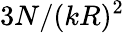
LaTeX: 3N/(kR)^{2}